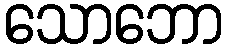
သောဘော